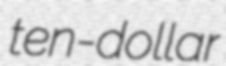
ten-dollar